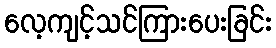
လေ့ကျင့်သင်ကြားပေးခြင်း